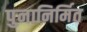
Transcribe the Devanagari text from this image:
पुनानिर्मित